Report on horse surra - Volume I
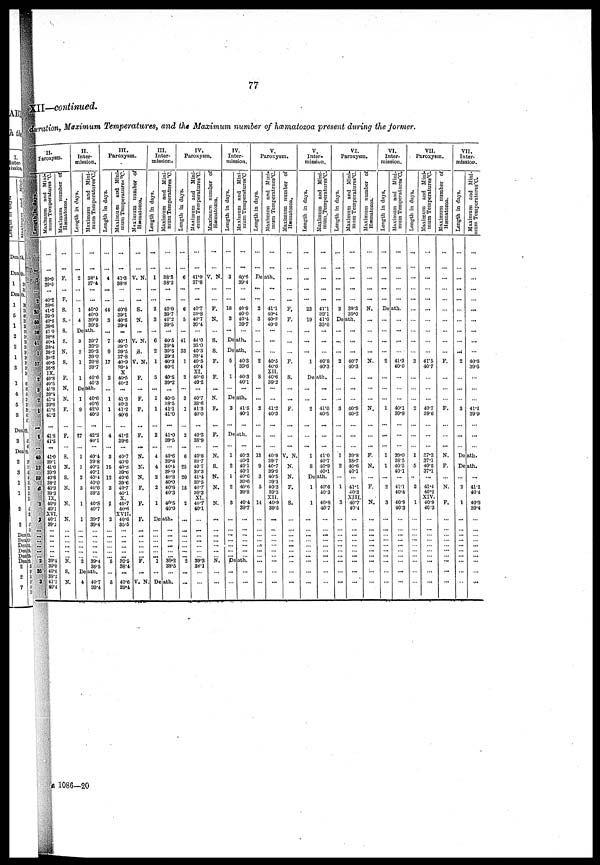
77
XII—continued.
duration, Maximum Temperatures, and the Maximum number of hæmatozoa present during the former.
II.
Foroxysm.
Length
in
days.
1
2
30
50
86
41
1
57
2
3
2
1
1
49
12
69
6
8
2
...
...
...
... ...
2
35
3
Maximum and Mini-
mum Temperatures ºC.
...
...
39.0
39.0
40.2
38.6
41.2
39.0
40.6
38.6
41.0
38.8
40.4
38.4
39.2
39.2
40.5
36.8
IX.
40.8
40.5
41.8
39.1
41.4
39.6
41.3
41.2
41.8
41.5
41.0
39.l
41.0
30.9
40.8
38.2
40.3
39.3
IX.
40.9
40.1
XVI.
40.1
39.3
...
...
...
...
...
39.4
39.0
40.6
88.2
41.1
40.4
Maximum number of
Hæmatozoa.
...
...
F.
F.
S.
S.
S.
S.
N.
S.
F.
N.
N.
F.
F.
S.
N.
S.
N.
N.
N.
...
...
...
...
...
N.
S.
N.
II.
Inter-
mission.
Length in days.
...
...
2
1
4
Maximum and Mini-
mum
Temperatures ºC.
...
...
38.4
37.4
...
40.0
40.0
39.0
39.5
Death.
3
2
1
1
39.7
39.0
39.3
39.0
39.8
39.7
40.6
40.3
Death.
1
9
27
1
1
2
3
1
1
...
...
...
... ...
2
40.6
40.6
42.0
40.3
42.2
40.1
40.4
39.8
40.5
40.1
40.4
40.0
40.0
39.5
40.8
40.7
39.7
39.4
...
...
...
...
...
39.4
38.5
Death.
4 40.7
39.4
III.
Paroxysm.
Length in days.
...
...
4
44
3
...
7
9
17
2
...
1
1
4
3
15
12
3
II
2
...
...
...
...
...
5
...
6
Maximum and Mini-
mum Temperatures °C.
...
...
41.3
38.8
40.6
39.1
40.6
39.4
...
40.1
39.0
39.5
37.8
40.9
39.4
X
40.5
40.2
...
41.3
40.3
41.2
400
41.2
39.6
40.7
40.0
40.8
39.6
40.6
39'6
40.7
40.1
X.
40.7
40.6
XVII.
40.6
30.5
...
...
...
...
...
39.5
38.4
...
40.6
Maximum number of
Hæmatozoa.
...
...
V. N.
...
...
S.
N.
...
V. N.
S.
V. N.
F.
...
F.
F.
F.
N.
N..
N.
F.
F.
F.
...
...
...
... ...
F.
...
V. N
III.
Inter-
mission.
Length in days.
...
...
1
...
2
3
...
6
2
1
5
...
1
1
2
4
4
2
2
1
Maximum and Mini-
mum Temperatures °C.
...
...
38.3
38.2
...
40-0
397
40.2
39-5
...
40-5
39.4
39.5
39.3
40.3
40.1
40.5
39.2
...
40.5
38.5
41.1
41.0
41.0
39.5
40.6
39.8
40.4
39.9
40.3
40.0
40.6
40.3
40.5
40.0
Death.
...
...
...
...
...
1
...
...
...
...
...
...
39.2
38.5
...
Death.
IV.
Paroxysm.
Length in days.
...
...
6
...
...
6
5
...
41
33
1
2
...
3
1
2
6
25
20
15
2
...
...
...
...
... ...
2
...
...
Maximum and Mini-
mum
Temperatures ºC.
...
...
41.0
37.8
...
40'7
39.8
40.7
39-4
44.0
35.0
40-3
38.4
40.5
40.4
XI.
40.6
40.2
...
40.7
38.6
413
40-0
40.3
38.9
40.8
39.7
40.7
39.3
41.4
39.5
40.7
39.3
XI.
40.7
40.1
...
7. ...
...
...
...
39.3
38.1
...
Maximum number of
Hæmatozoa.
...
...
V. N.
...
...
F.
N.
S.
S.
F.
F.
...
N.
F.
F.
N.
S.
N.
N.
N.
...
...
...
...
...
...
N.
...
...
IV.
Inter-
mission.
Length in days.
...
...
3
...
18
2
...
Maximum and Mini-
mum Temperatures ºC.
...
...
40.6
39-4
...
40-9
400
40.4
39.7
Death.
Death.
5
1
40-3
39.6
40.3
40.1
...
Death.
2 41.5
40.1
Death.
1
2
1
2
3
...
......
...
...
...
...
40.3
40.2
40.1
40.1
40.6
39.6
40.6
39.8
40.4
39.7
...
...
...
...
...
...
Death.
... ...
...
V.
Paroxysm.
Length in days.
,
Maximum and Mini-
mum Temperatrues ºC.
...
...
Death.
...
...
2
3
...
...
2
8
...
...
2
...
13
9
3
5
14
...
...
...
...
...
...
...
...
...
...
41.1
40.4
40.3
400
...
...
40.5
40.0
XII.
40-6
39-2
...
...
41.2
40-3
40.9
39.7
40.7
39.9
40.5
39.3
40.3
39.3
XII.
40.9
39.6
...
...
...
...
... ...
...
...
Maximum number of
Hæmatozoa.
...
...
...
F.
F.
F.
S.
...
...
F.
V. N.
N.
N.
F.
S.
...
...
...
...
...
...
...
...
V.
Inter-
mission.
Length in days.
...
...
...
23
19
...
...
...
1
Maximum and Mini-
mum
Temperatures
ºC.
...
...
...
...
41.1
39.1
41.0
35.0
...
...
40.8
40.3
Death.
...
...
2
1
8
...
41.0
40.5
41.0
40.7
40.9
40.1
Death.
1
1
...
...
...
...
... ...
...
...
40.6
40.3
40.8
40.7
...
... ...
...
... ...
VI.
Paroxysm.
Length in days.
...
...
...
...
2
Maximum and Mini-
mum Temperatures ºC.
...
...
...
39.3
35.0
Death.
...
..
...
2
...
3
1
2
...
1
3
...
...
...
...
...
...
...
...
...
...
...
...
40.7
40.3
...
...
40.9
40.2
...
39.8
38.7
40.6
40.1
41.1
40.3
XIII.
40.7
40.4
...
...
...
...
... ...
...
...
...
Maximum number of
Hæmatozoa.
...
...
...
...
N.
...
...
...
N.
..,
...
...
N.
F.
N.
...
F.
N.
...
...
...
...
... ...
...
...
...
VI,
Inter-
mission.
Length in days.
...
...
...
...
Maximum and Mini-
mum Temperatures ºC.
...
...
...
Death.
...
...
2
...
1
....
1
1
...
2
3
...
...
...
...
...
...
...
...
...
...
...
41.3
40.0
...
...
40.1
39.9
...
39.0
38.5
40.3
40.1
...
41.1
40.4
40.9
40.3
...
...
...
...
...
...
...
...
VII.
Paroxysm.
Length in days.
...
...
...
...
3
2
1
5
Maximum and Mini-
mum Temperatures ºC.
...
...
...
...
41.5
40.7
40.7
39.6
...
37.3
37.1
40.5
37.1
2
1
...
...
...
...
...
...
41.4
40.2
XIV.
40.9
40.3
...
...
...
...
... ...
...
...
Maximum number of
Hæmatozoa.
...
...
...
...
...
F.
F.
N.
F.
N.
F.
...
...
...
...
... ...
...
...
...
VII.
Inter-
mission.
Length in days.
...
...
...
...
...
...
2
...
3
...
Maximum and Mini-
mum Temperatures ºC.
...
...
...
...
...
40.6
39.6
...
41.1
39.9
...
Death.
Death.
2
1
...
...
...
...
...
...
...
...
41.1
40.4
40.3
39.4
...
...
...
...
... ...
...
...
1086—20